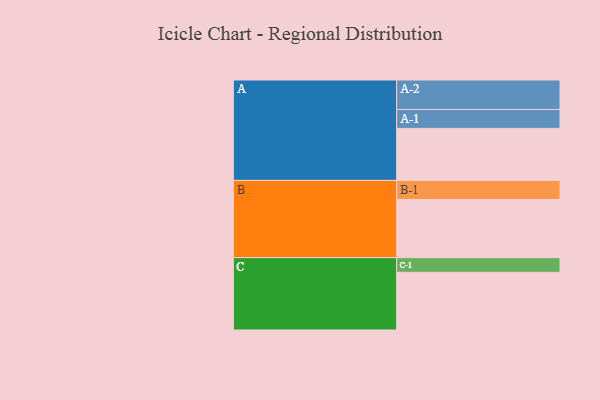
{"axis": {"x": "Segment", "y": "Value"}, "legend": ["", "A", "B", "C"], "data": [{"x": "A", "y": 404, "type": ""}, {"x": "B", "y": 452, "type": ""}, {"x": "C", "y": 448, "type": ""}, {"x": "A-1", "y": 147, "type": "A"}, {"x": "A-2", "y": 229, "type": "A"}, {"x": "B-1", "y": 148, "type": "B"}, {"x": "C-1", "y": 114, "type": "C"}]}